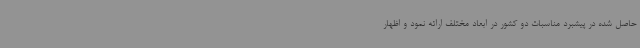
حاصل شده در پیشبرد مناسبات دو کشور در ابعاد مختلف ارائه نمود و اظهار